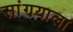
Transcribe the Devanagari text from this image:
सांगयाला